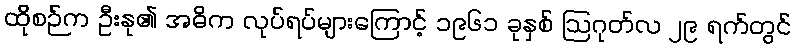
ထိုစဉ်က ဦးနု၏ အဓိက လုပ်ရပ်များကြောင့် ၁၉၆၁ ခုနှစ် ဩဂုတ်လ ၂၉ ရက်တွင်